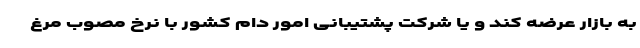
به بازار عرضه کند و یا شرکت پشتیبانی امور دام کشور با نرخ مصوب مرغ